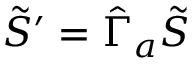
\tilde { S } ^ { \prime } = \hat { \Gamma } _ { a } \tilde { S }